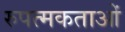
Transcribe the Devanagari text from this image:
रुपत्मकताओं